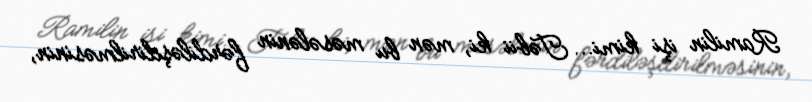
Ramilin işi kimi... Təbii ki, mən bu məsələnin fərdiləşdirilməsinin,